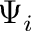
\Psi _ { i }